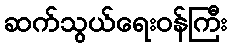
ဆက်သွယ်ရေးဝန်ကြီး